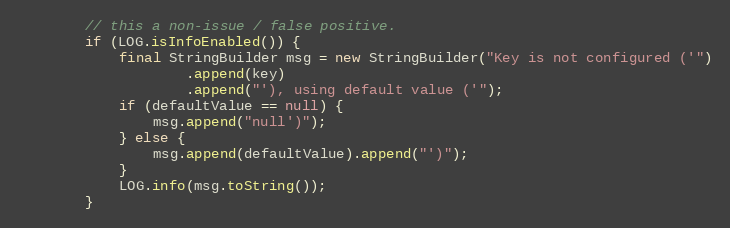
Language: Java
        // this a non-issue / false positive.
        if (LOG.isInfoEnabled()) {
            final StringBuilder msg = new StringBuilder("Key is not configured ('")
                    .append(key)
                    .append("'), using default value ('");
            if (defaultValue == null) {
                msg.append("null')");
            } else {
                msg.append(defaultValue).append("')");
            }
            LOG.info(msg.toString());
        }